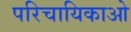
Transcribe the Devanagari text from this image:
परिचायिकाओ